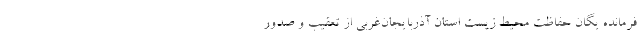
فرمانده یگان حفاظت محیط زیست استان آذربایجان‌غربی از تعقیب و صدور